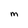
Character: M